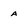
Character: a